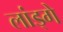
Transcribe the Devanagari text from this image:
लांड्गे